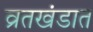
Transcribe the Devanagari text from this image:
व्रतखंडात